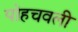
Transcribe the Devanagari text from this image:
पोहचवली